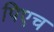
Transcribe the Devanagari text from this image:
पिएच